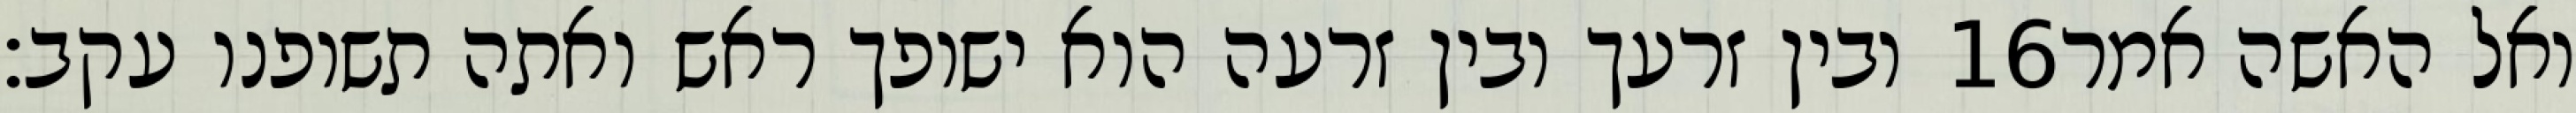
ובין זרעך ובין זרעה הוא ישופך ראש ואתה תשופנו עקב׃ ‎16‏ ואל האשה אמר